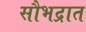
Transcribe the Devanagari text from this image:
सौभद्रात